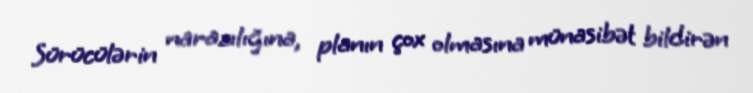
Sürücülərin narazılığına, planın çox olmasına münasibət bildirən